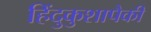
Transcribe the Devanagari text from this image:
हिंदुकुशापैकी